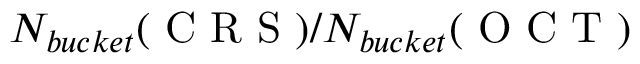
N _ { b u c k e t } ( \mathrm { ~ C ~ R ~ S ~ } ) / N _ { b u c k e t } ( \mathrm { ~ O ~ C ~ T ~ } )